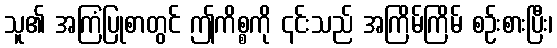
သူ၏ အကြံပြုစာတွင် ဤကိစ္စကို ၎င်းသည် အကြိမ်ကြိမ် စဉ်းစားပြီး၊